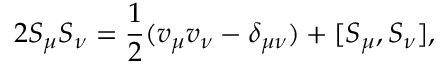
2 S _ { \mu } { S } _ { \nu } = \frac { 1 } { 2 } ( v _ { \mu } { v } _ { \nu } - \delta _ { \mu \nu } ) + [ S _ { \mu } , S _ { \nu } ] ,